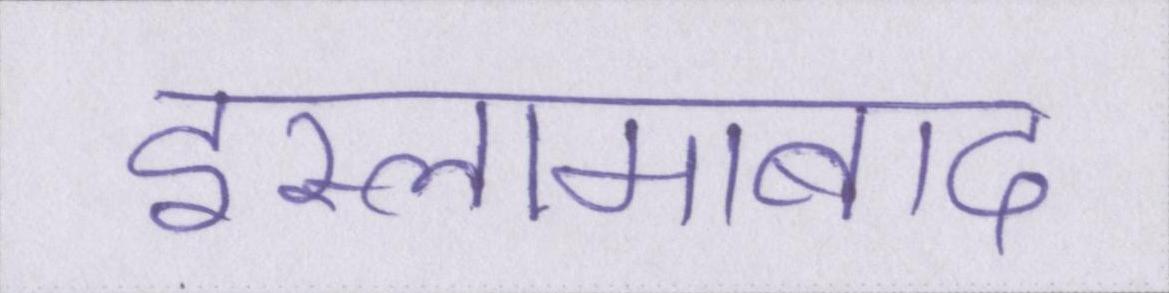
इस्लामाबाद